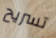
تسريح